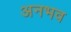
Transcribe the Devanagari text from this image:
अनभव